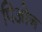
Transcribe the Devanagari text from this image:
पिओन